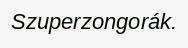
Szuperzongorák.